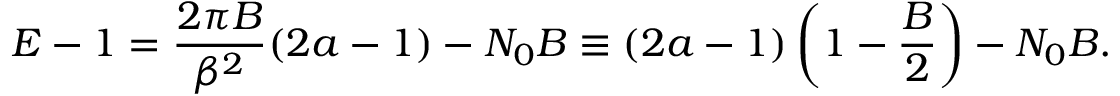
E - 1 = \frac { 2 \pi B } { \beta ^ { 2 } } ( 2 a - 1 ) - N _ { 0 } B \equiv ( 2 a - 1 ) \left( 1 - \frac { B } { 2 } \right) - N _ { 0 } B .